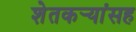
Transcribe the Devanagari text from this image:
शेतकर्‍यांसह